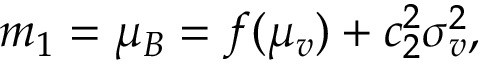
\begin{array} { r } { m _ { 1 } = \mu _ { B } = f ( \mu _ { v } ) + c _ { 2 } ^ { 2 } \sigma _ { v } ^ { 2 } , } \end{array}